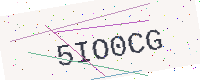
Text: 5IO0CG